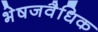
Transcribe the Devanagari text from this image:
भेषजवैधिक